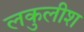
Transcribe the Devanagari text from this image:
लकुलीश